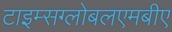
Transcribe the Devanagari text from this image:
टाइम्सग्लोबलएमबीए